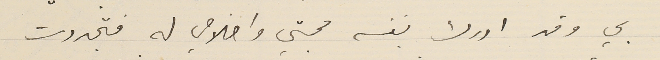
بي وقد ادرك بنفسه محبتي واخلاصي له فتجددت